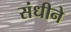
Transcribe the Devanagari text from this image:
संधीने